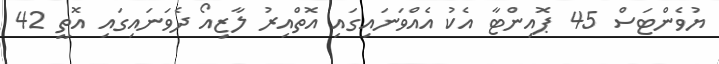
ޔުވެންޓަސް 45 ޕޮއިންޓާ އެކު އެއްވަނައިގައި އޮތްއިރު ލާޒިއޯ ދެވަނައިގައި އޮތީ 42